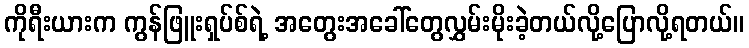
ကိုရီးယားက ကွန်ဖြူးရှပ်စ်ရဲ့ အတွေးအခေါ်တွေလွှမ်းမိုးခဲ့တယ်လို့ပြောလို့ရတယ်။